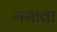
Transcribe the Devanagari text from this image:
मसावा